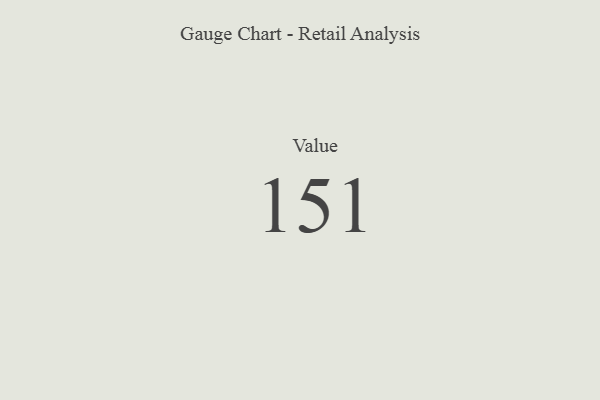
{"axis": {"x": "Metric", "y": "Value"}, "legend": [""], "data": [{"x": "Value", "y": 151, "type": ""}]}